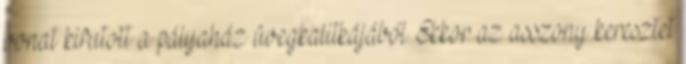
vonat kifutott a pályaház üvegkalitkájából. Ekkor az asszony keresztet